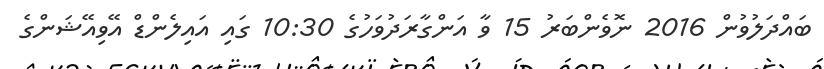
ބައްދަލުވުން 2016 ނޮވެންބަރު 15 ވާ އަންގާރަދުވަހުގެ 10:30 ގައި އައިލެންޑް އޭވިއޭޝަންގެ